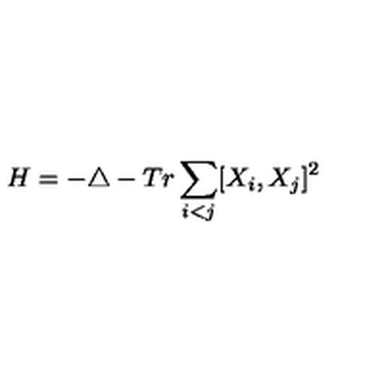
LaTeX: H = - \triangle - T r \sum _ { i < j } [ X _ { i } , X _ { j } ] ^ { 2 }